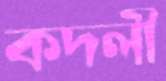
কদলী